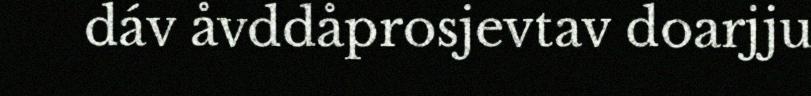
dáv åvddåprosjevtav doarjju